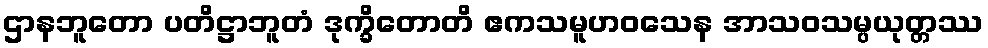
ဌာနဘူတော ပတိဋ္ဌာဘူတံ ဒုက္ခိတောတိ ဧကသမူဟဝသေန အာသဝသမ္ပယုတ္တဿ